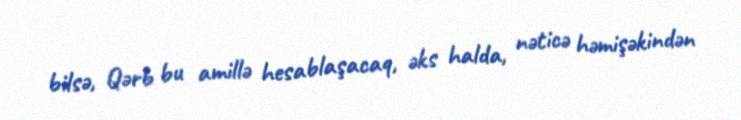
bilsə, Qərb bu amillə hesablaşacaq, əks halda, nəticə həmişəkindən